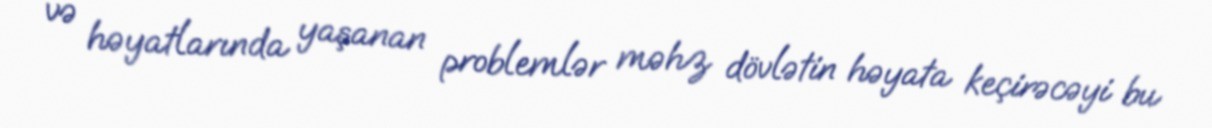
və həyatlarında yaşanan problemlər məhz dövlətin həyata keçirəcəyi bu